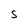
Character: S